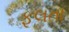
ફૂલતા